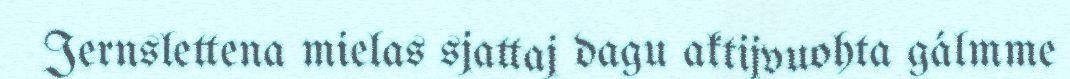
Jernslettena mielas sjattaj dagu aktijvuohta gálmme